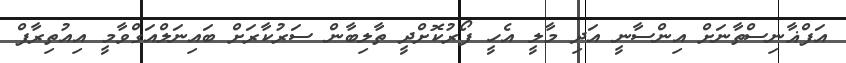
އަފްޣާނިސްތާނަށް އިންސާނީ އަދި މާލީ އެހީ ފޯރުކޮށްދީ ތާލިބާން ސަރުކާރަށް ބައިނަލްއަގްވާމީ އިއުތިރާފް